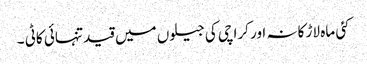
کئی ماہ لاڑ کانہ اور کراچی کی جیلوں میں قید تنہائی کاٹی ۔